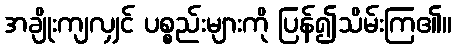
အချိုးကျလျှင် ပစ္စည်းများကို ပြန်၍သိမ်းကြ၏။